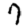
Digit: 7